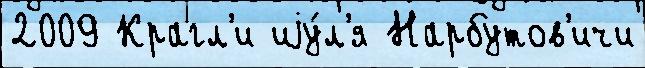
2009 Крагл'и иjу́л'я Нарбутов'ичи